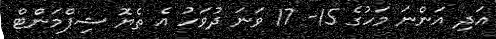
އަދި އަންނަ މަހުގެ 15- 17 ވަނަ ދުވަހު އެ ތެޔޮ ޝިޕްމަންޓް